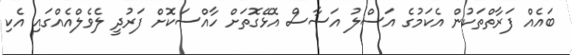
ބައެއް ފަރާތްތަކުން އެކަމުގެ އަސްލު އަސާސް އޮޅޭގޮތަށް ހާއްސަކޮށް ފަރުދީ ލެވެލްއެއްގައި އެކި